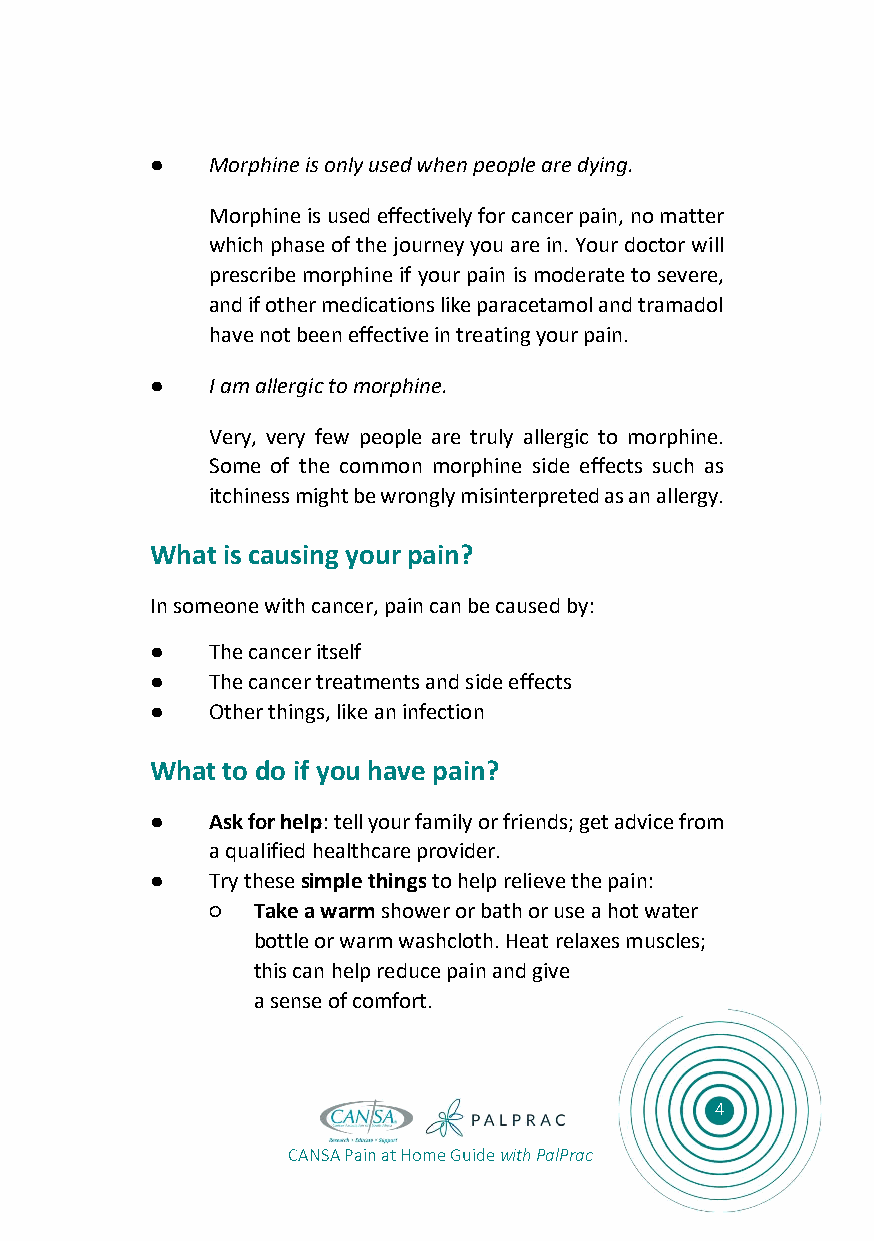
●   Morphine is only used when people are dying.
 Morphine is used effectively for cancer pain, no matter
 which phase of the journey you are in. Your doctor will
 prescribe morphine if your pain is moderate to severe,
 and if other medications like paracetamol and tramadol
 have not been effective in treating your pain.
 ●   I am allergic to morphine.
 Very, very few people are truly allergic to morphine.
 Some of the common morphine side effects such as
 itchiness might be wrongly misinterpreted as an allergy.
 What is causing your pain?
 In someone with cancer, pain can be caused by:
 ●   The cancer itself
 ●   The cancer treatments and side effects
 ●   Other things, like an infection
 What to do if you have pain?
 ●   Ask for help: tell your family or friends; get advice from
 a qualified healthcare provider.
 ●   Try these simple things to help relieve the pain:
 ○  Take a warm shower or bath or use a hot water
 bottle or warm washcloth. Heat relaxes muscles;
 this can help reduce pain and give
 a sense of comfort.
 4
 CANSA Pain at Home Guide with PalPrac